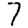
Digit: 7